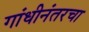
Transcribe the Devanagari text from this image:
गांधीनंतरचा